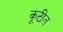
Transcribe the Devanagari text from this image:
कूटीत